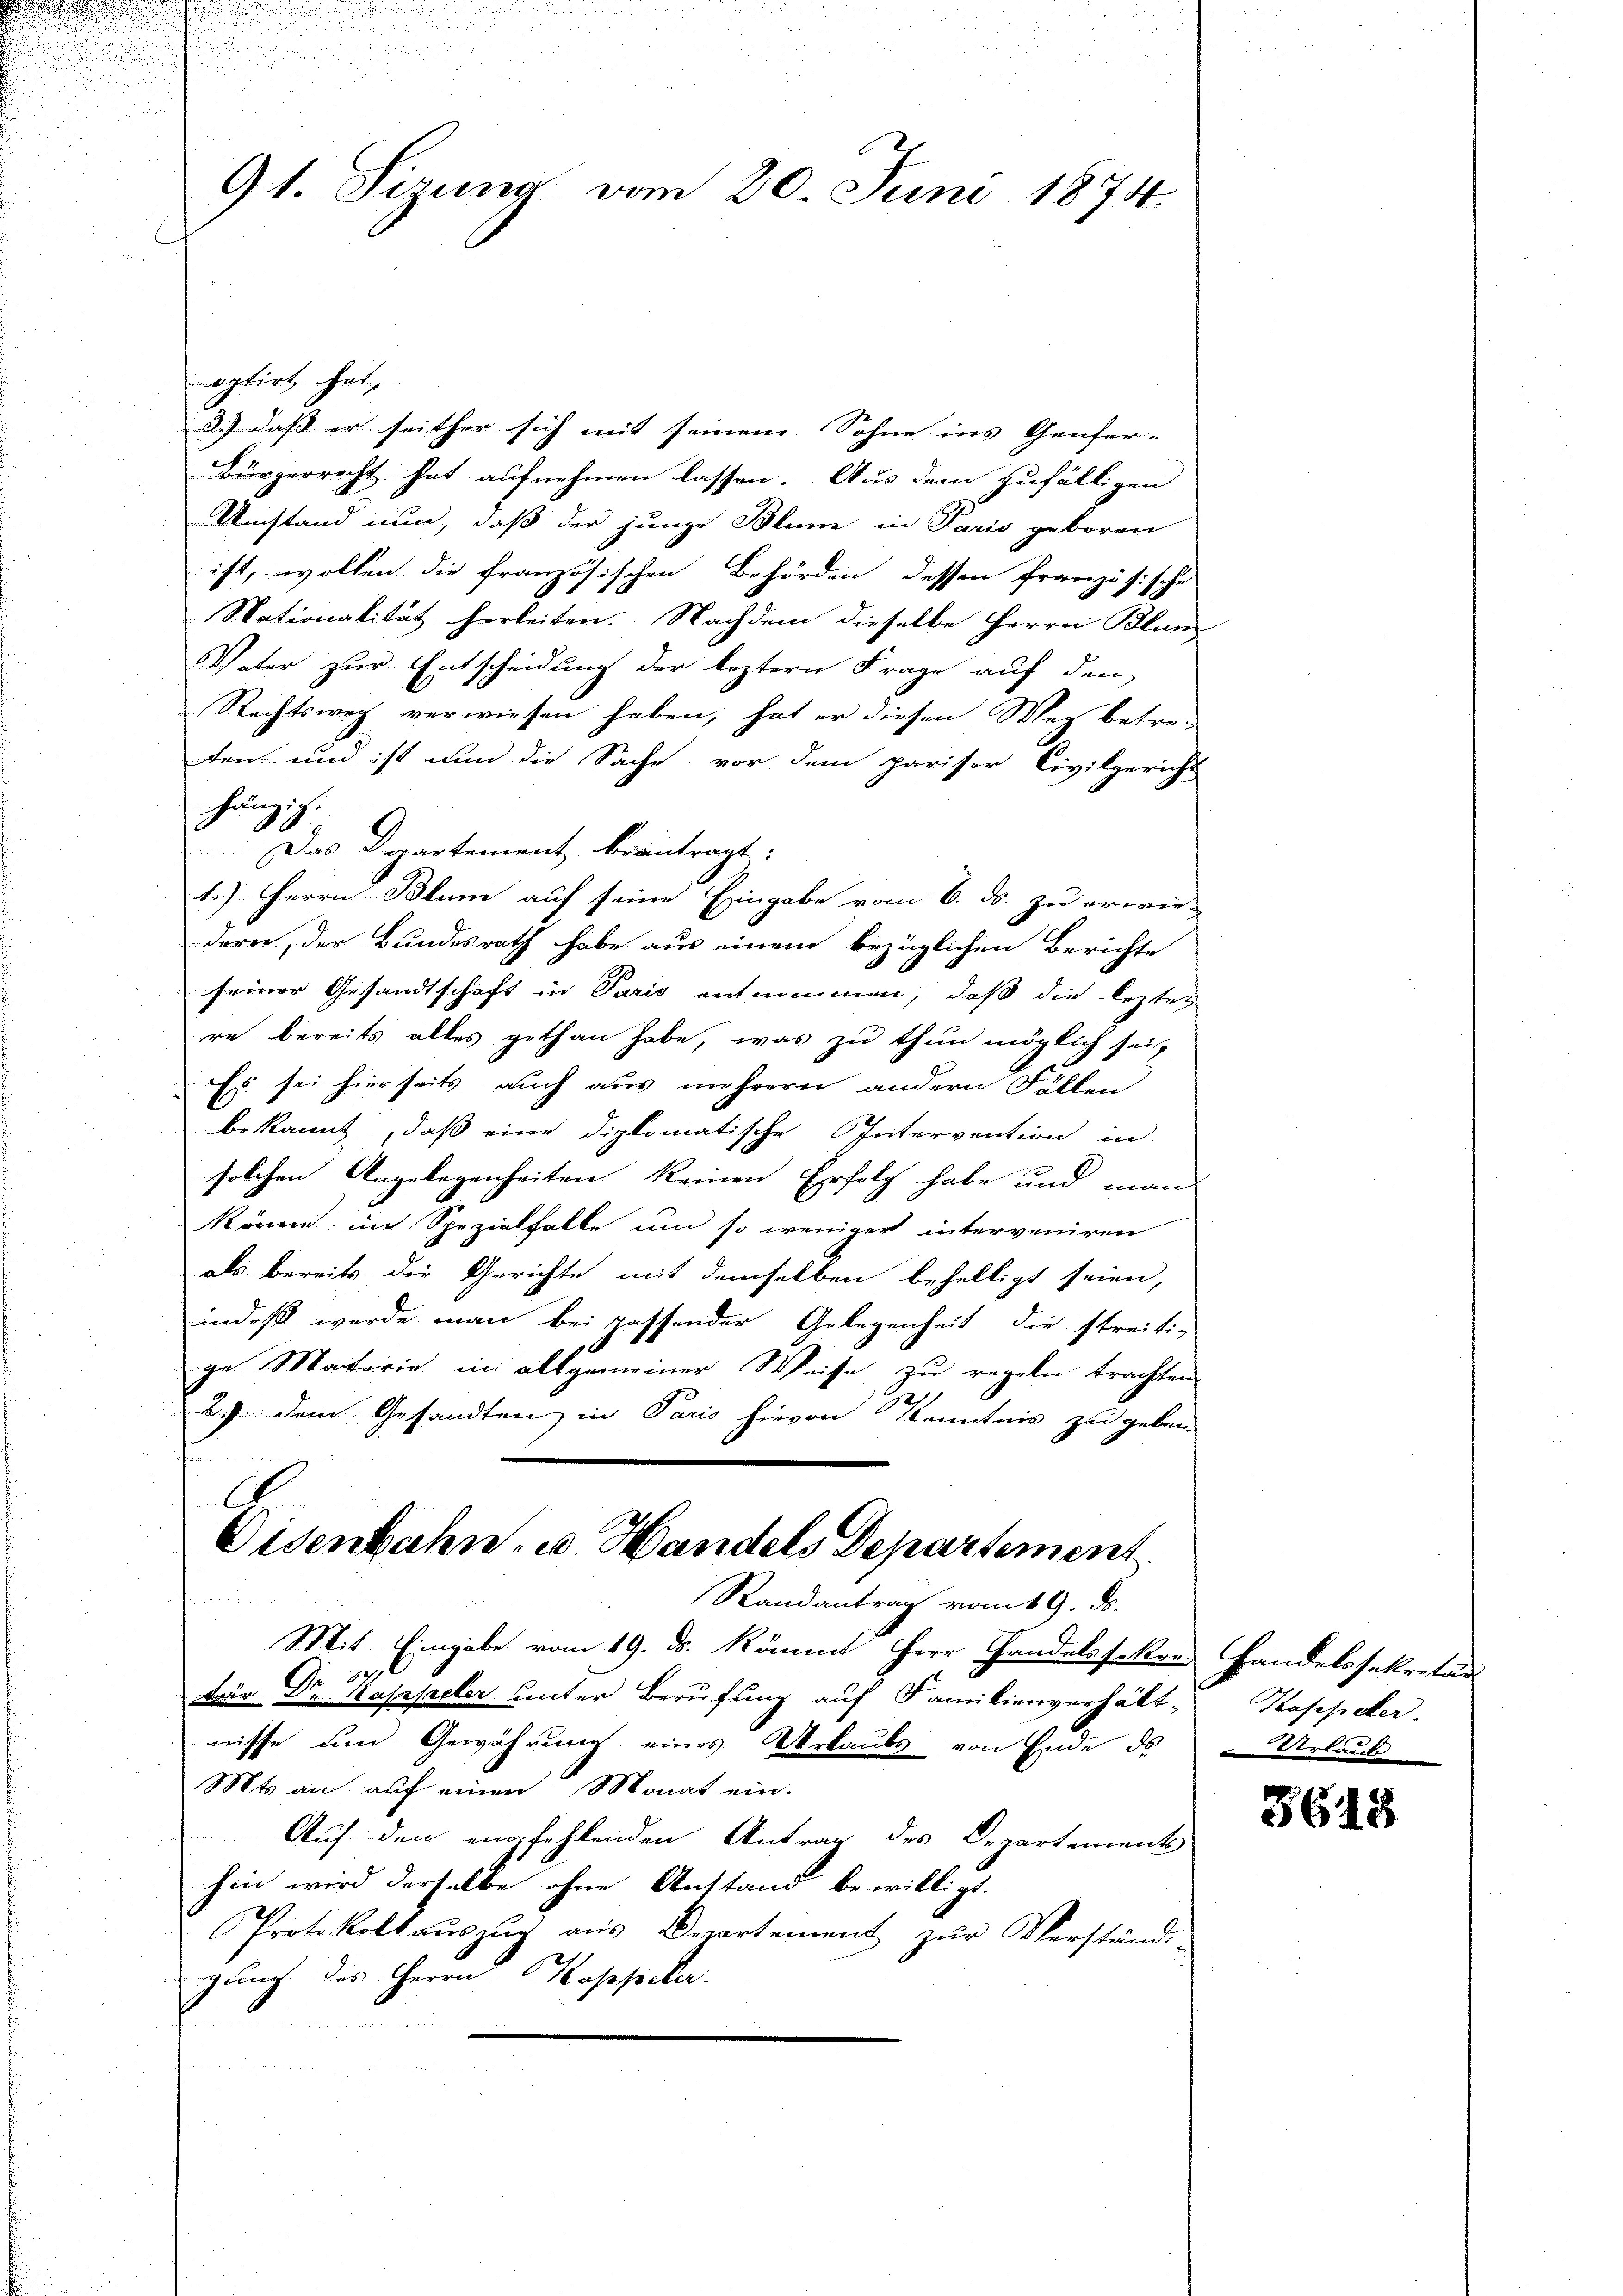
9t. Sirung vom 20. Juni 1874.

optirt hat,
2.) daß er seither sich mit seinem Sohne ins Genfer-
Bürgerrecht hat aufnehmen lassen. Aus dem zufälligen
Umstand nun, daß der junge Blum in Paris geboren
ist, wollen die französischen Behörden dessen französische
Nationalität herleiten. Nachdem dieselbe Herrn Bluns
Vater zur Entscheidung der leztern Frage auf den
Rechtsweg verwiesen haben, hat er diesen Weg betre-
ten und ist nun die Sache vor dem pariser Civilgericht
hängig.
Das Departement beantragt:
1.) Herrn Blum auf seine Eingabe vom 6. ds. zu erwie-
dern, der Bundesrath habe aus einem bezüglichen Berichte
seiner Gesandtschaft in Paris entnommen, daß die lezter
re bereits alles gethan habe, was zu thun möglich seit
Es sei hierseits auch aus mehrern andern Fällen
bekannt, daß eine diplomatische Intervention in
solchen Angelegenheiten keinen Erfolg habe und man
könne, in Spezialfalle um so weniger interveniren
als bereits die Gerichte mit demselben behelligt seien,
indeß wurde man bei passender Gelegenheit die streiti-
ge Materie im allgemeiner Weise zu regeln trachten.
2. dem Gesandten, in Paris hievon Kenntnis zu geben.
A
Eisenbahn, u. Handels Departement
Randantrag vom 19. ds.
Mit Eingabe vom 19. ds. Kömmt Herr Handelssekres Handelssekretär
tür Dr. Kappeler unter Berufung aŭf Familienverhält-Kappeler.
nisse um Gewährung eines Verlaubs von Ende des
Mts an auf einen Monat ein.
Auf den empfehlenden Antrag des Departement
hin wird derselbe ohne Anstand bewilligt.
Protokoll aŭszŭg aŭs Departement zŭr Verständi-
gung des Herrn Koppeler.

in Urlaufe

5648